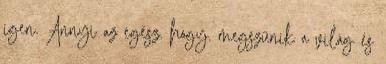
igen. Annyi az egész. hogy. megszűnik a világ és